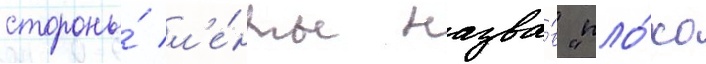
стороны́ л'е́нты назва́в "пло́хо